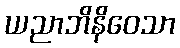
ယညာဘိနိဝေသာ